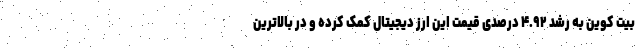
بیت کوین به رشد ۴.۹۲ درصدی قیمت این ارز دیجیتال کمک کرده و در بالاترین